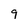
Character: 9